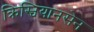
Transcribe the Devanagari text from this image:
क्रिस्चियानसेन